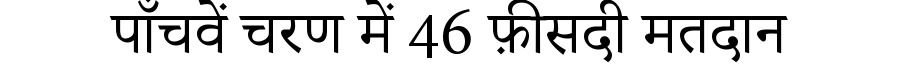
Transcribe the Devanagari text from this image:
पाँचवें चरण में 46 फ़ीसदी मतदान